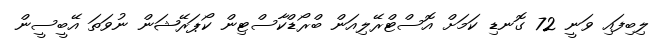
ލިބިފައި ވަނީ 72 ގޮނޑި ކަމަށް އޮސްޓްރޭލިއަން ބްރޯޑްކާސްޓިން ކޯޕަރޭޝަން ނުވަތަ އޭބީސީން